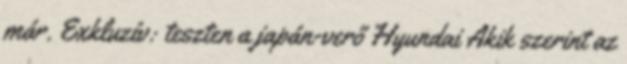
már. Exkluzív: teszten a japán-verő Hyundai Akik szerint az